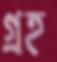
গ্রহ